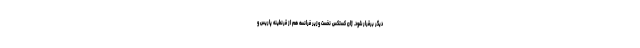
دیگر برقرار شود. ژان کستکس نخست وزیر فرانسه هم از قرنطینه پاریس و